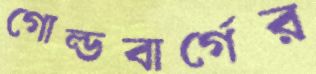
গোল্ডবার্গের